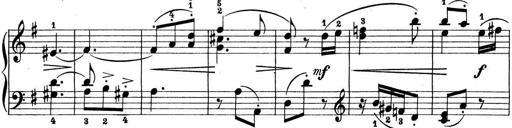
Title: Preis-Sonatine
Composer: Ernst James Bremner